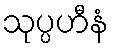
သုပ္ပဟီနံ